Illuka_vallavalitsus, lk 16
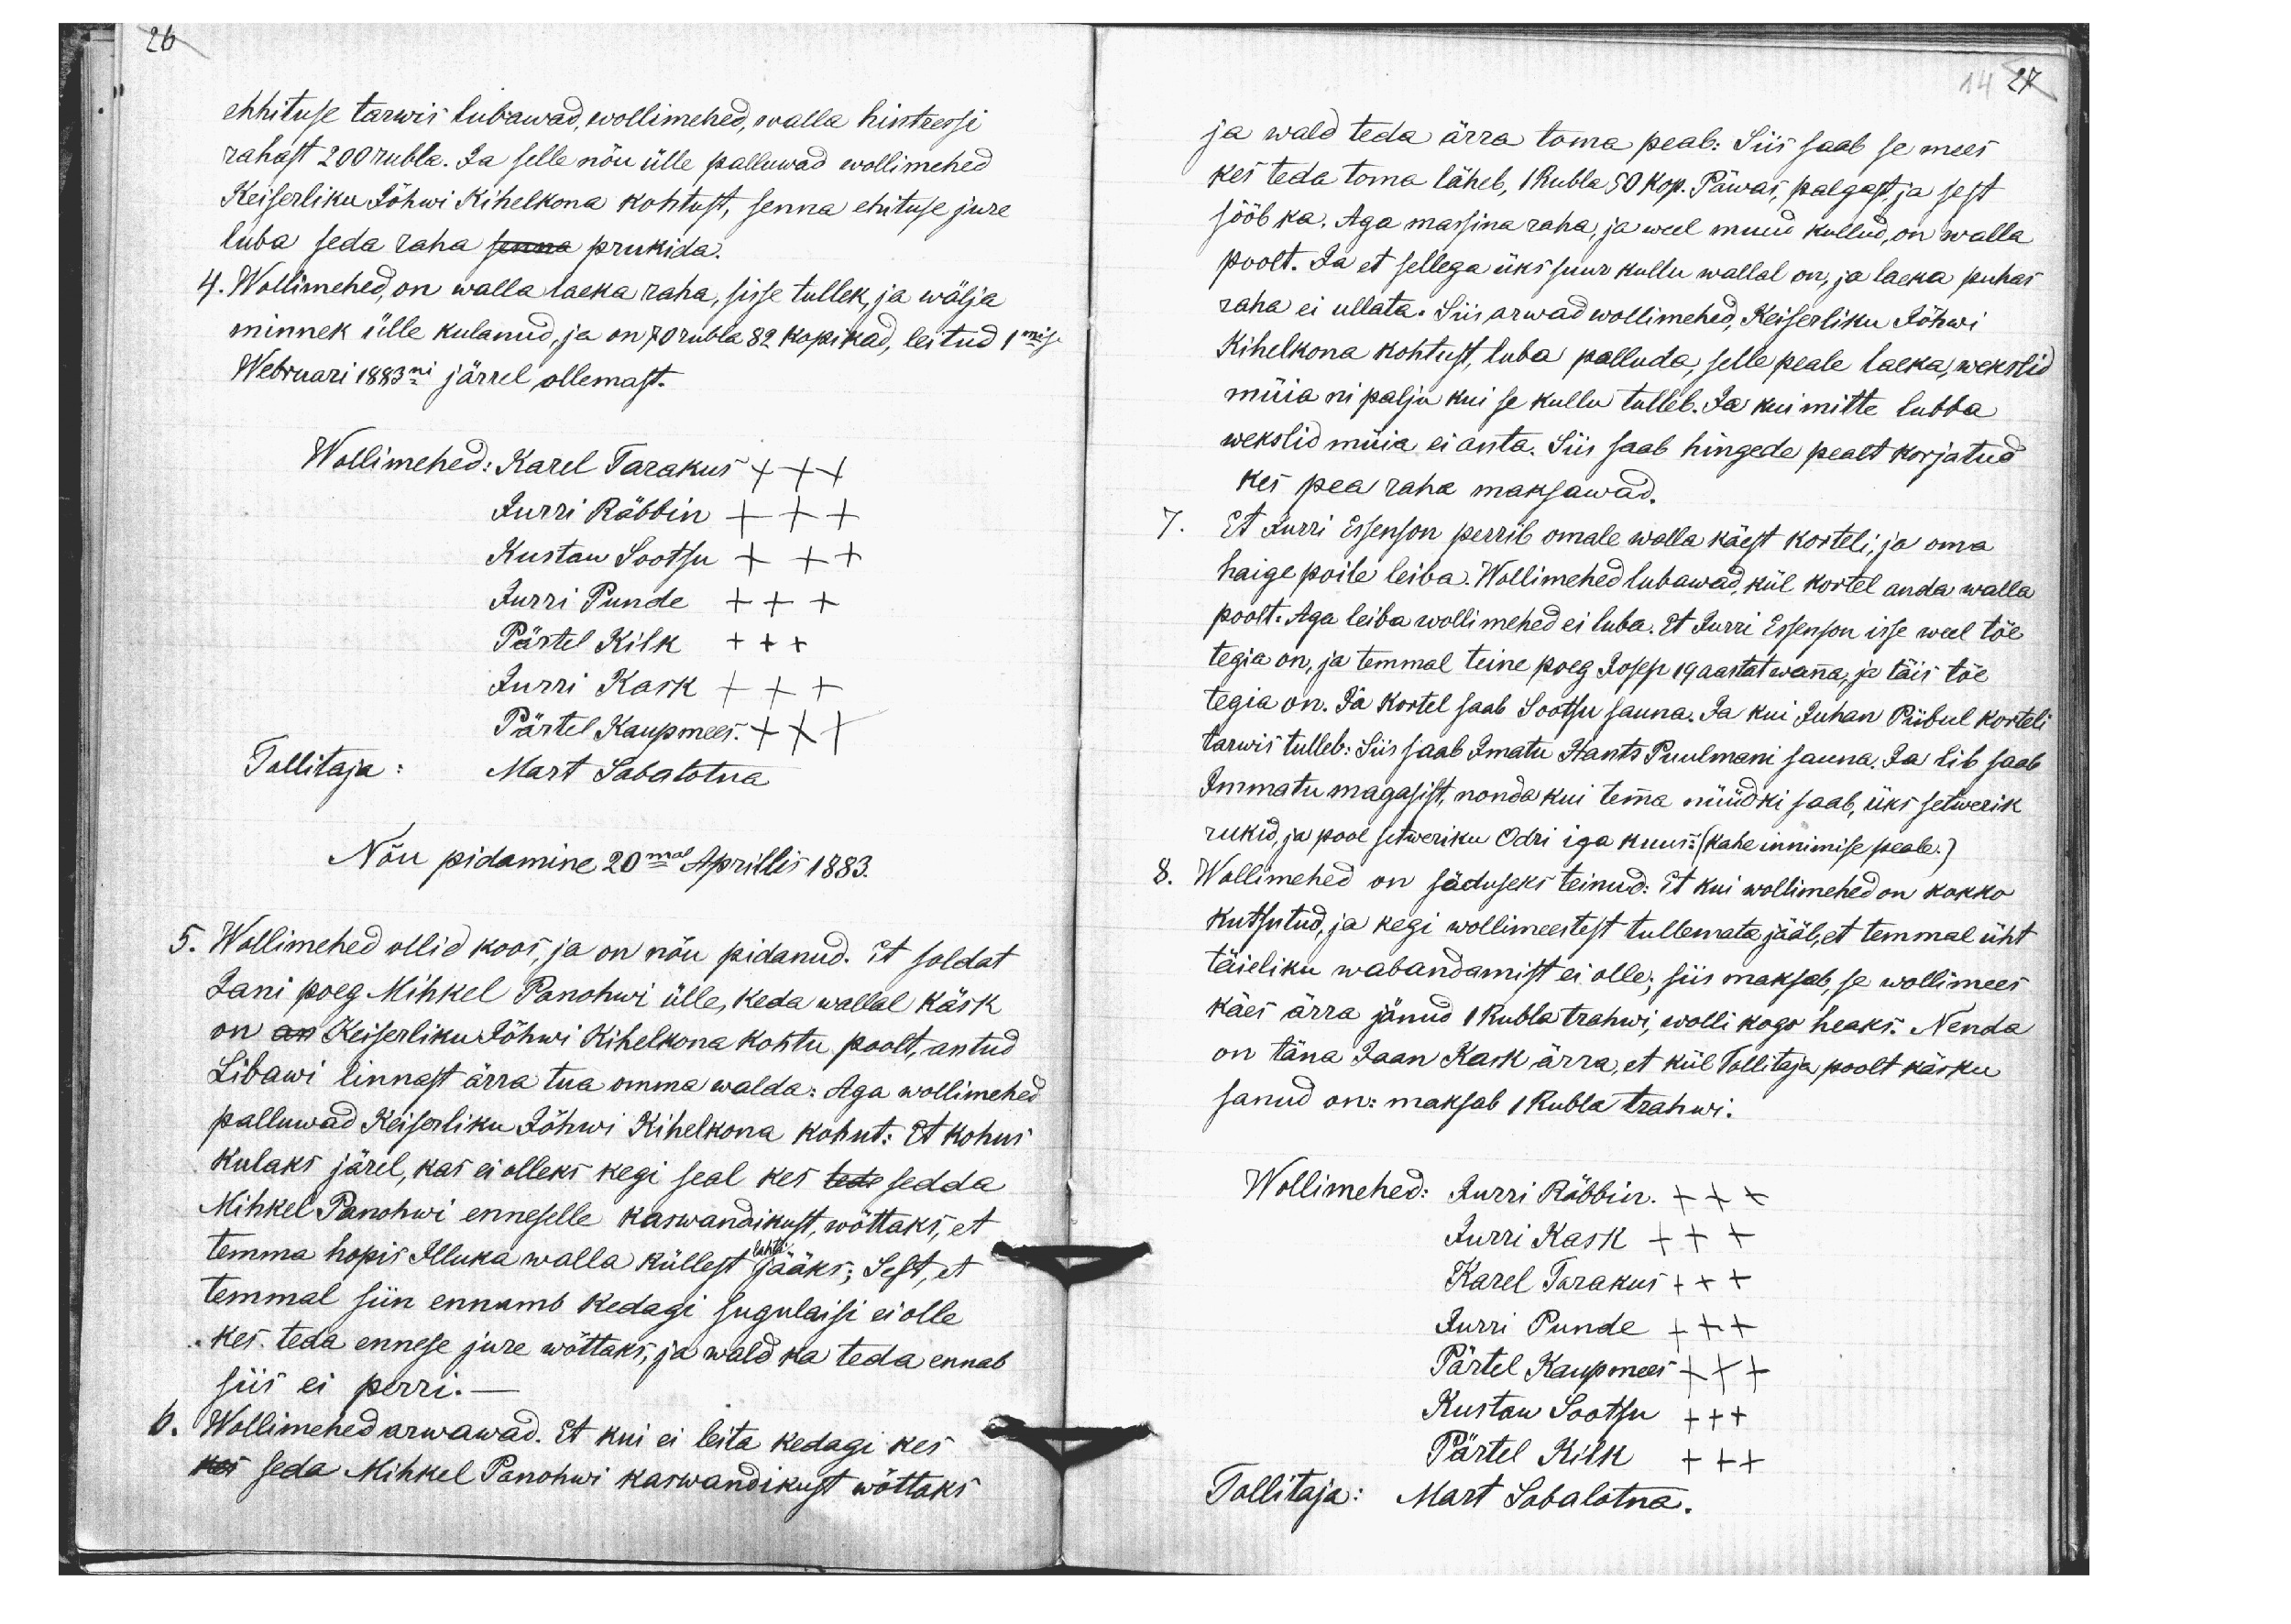
26
ehhituse tarwis lubawad, wollimehed, walla hintressi
rahast 200 rubla. Ja selle nõu ülle palluwad wollimehed
Keiserliku Jõhwi Kihelkona kohtust, senna ehituse jure
luba seda raha senna prukida.
4. Wollimehed, on walla laeka raha, sisse tullek, ja wälja
minnek ülle kulanud, ja on 70 rubla 82 kopikad, leitud 1mise
Webruari 1883ni järrel ollemast.
Wollimehed: Karel Tarakus XXX
Jurri Räbbin XXX
Kustaw Sootsu XXX
Jurri Punde XXX
Pärtel Kilk XXX
Jurri Kask XXX
Pärtel Kaupmees. XXX
Tallitaja: Mart Sabalotna
Nõu pidamine 20mal Aprillis 1883.
5. Wollimehed ollid koos, ja on nõu pidanud. Et soldat
Jani poeg Mihkel Panohwi ülle, keda wallal käsk
on an Keiserliku Jõhwi Kihelkona kohtu poolt, antud
Libawi linnast ärra tua omma walda: Aga wollimehed
palluwad Keiserliku Jõhwi Kihelkona kohut: Et kohus
kulaks järel, kas ei olleks kegi seal kes tede sedda
Mihkel Panohwi enneselle kaswandikust, wõttaks, et
lahti-
temma hopis Illuka walla küllest jääks; Sest, et
temmal siin ennamb kedagi sugulaisi ei olle
kes teda ennese jure wõttaks, ja wald ka teda ennab
siis ei perri. -
6. Wollimehed arwawad. Et kui ei leita kedagi kes
kes seda Mihkel Panohwi kaswandikust wõttaks

14 27

ja wald teda ärra toma peab: Siis saab se mees
kes teda toma läheb, 1 Rubla 50 kop. Päwas, palgast ja sest
sööb ka. Aga massina raha, ja weel muud kullud, on walla
poolt. Ja et sellega üks suur kullu wallal on, ja laeka puhas
raha ei ullata. Siis arwad wollimehed, Keiserliku Jõhwi
Kihelkona kohtust, luba palluda, selle peale laeka, wekslid
müia ni palju kui se kullu tulleb. Ja kui mitte lubba
wekslid müia ei anta. Siis saab hingede pealt korjatud
kes pea raha maksawad.
7. Et Jurri Essenson perrib omale walla käest korteli, ja oma
haige poile leiba. Wollimehed lubawad, kül kortel anda walla
poolt. Aga leiba wollimehed ei luba. Et Jurri Essenson isse weel töe
tegia on, ja temmal teine poeg Josep 19 aastat wanna, ja täis töe
tegia on. Ja kortel saab Sootsu sauna. Ja kui Juhan Piibul korteli
tarwis tulleb: Siis saab Imatu Hants Puulmani sauna. Ja lib saab
Immatu magasist, nonda kui temma nüüdki saab, üks setwerik
rukid, ja pool setweriku Odri iga kuus: (kahe innimise peale.)
8. Wollimehed on säduseks teinud: Et kui wollimehed on kokko
kutsutud, ja kegi wollimeestest tullemata jääb, et temmal üht-
täieliku wabandamist ei olle; siis maksab, se wollimees
käes ärra jänud 1 Rubla trahwi, wolli kogo heaks. Nenda
on täna Jaan Kask ärra, et kül Tallitaja poolt käsku
sanud on: maksab 1 Rubla trahwi.
Wollimehed: Jurri Räbbin. XXX
Jurri Kask XXX
Karel Tarakus XXX
Jurri Punde XXX
Pärtel Kaupmees XXX
Kustaw Sootsu XXX
Pärtel Kilk XXX
Tallitaja: Mart Sabalotna.